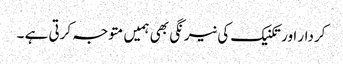
کردار اور تکنیک کی نیرنگی بھی ہمیں متوجہ کرتی ہے ۔